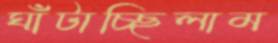
ঘাঁটাচ্ছিলাম